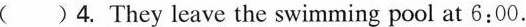
( )4. They leave the swimming pool at 6:00.